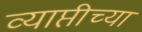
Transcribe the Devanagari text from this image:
व्याप्तीच्या